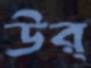
ঊর্